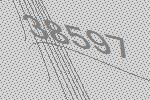
38597